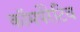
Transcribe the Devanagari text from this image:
कॉमपेरेटिव